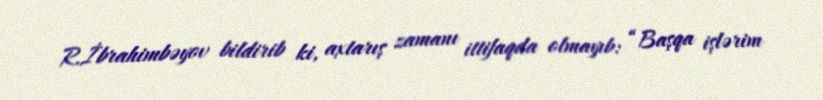
R.İbrahimbəyov bildirib ki, axtarış zamanı ittifaqda olmayıb: “Başqa işlərim